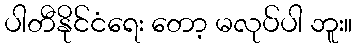
ပါတီနိုင်ငံရေး တော့ မလုပ်ပါ ဘူး။